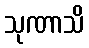
သုဏာသိ